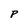
Character: P